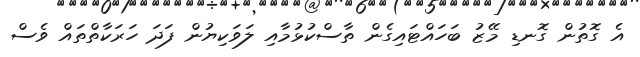
އެ ގޮތުން ގޮނޑި މޭޒު ބަހައްޓައިގެން ތާސްކުޅުމާއި ލަވަކިޔުން ފަދަ ހަރަކާތްތައް ވެސް